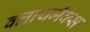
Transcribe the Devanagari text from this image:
क्लायमैक्स